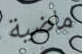
ماضية